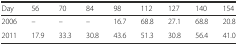
| Day | 56 | 70 | 84 | 98 | 112 | 127 | 140 | 154 |
 | --- | --- | --- | --- | --- | --- | --- | --- | --- |
 | 2006 | – | – | – | 16.7 | 68.8 | 27.1 | 68.8 | 20.8 |
 | 2011 | 17.9 | 33.3 | 30.8 | 43.6 | 51.3 | 30.8 | 56.4 | 41.0 |